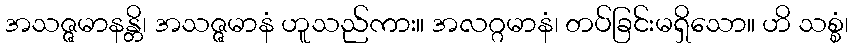
အသဇ္ဇမာနန္တိ၊ အသဇ္ဇမာနံ ဟူသည်ကား။ အလဂ္ဂမာနံ၊ တပ်ခြင်းမရှိသော။ ဟိ သစ္စံ၊